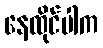
နေထိုင်ပါက